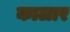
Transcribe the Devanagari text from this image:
कालार